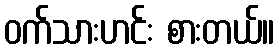
ဝက်သားဟင်း စားတယ်။